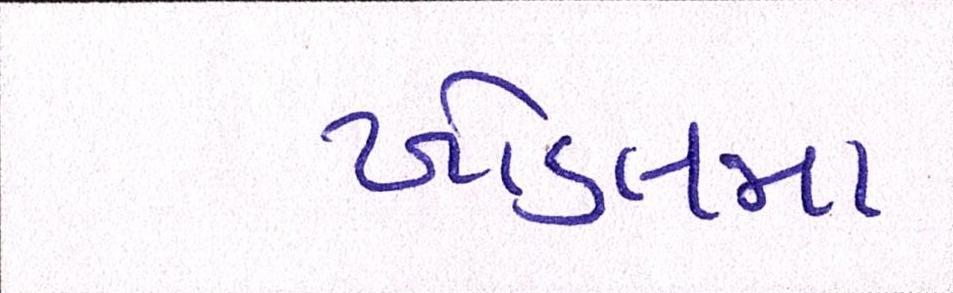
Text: ખોડલમા